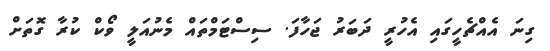
ގިނަ އެއްޗެހީގައި އެހުރީ ދަބަރު ޖަހާފަ. ސިސްޓަމްތައް މެނުއަލީ ވޯކް ކުރާ ގޮތަށް